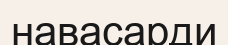
навасарди